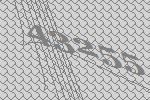
43255